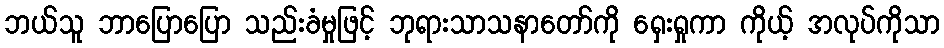
ဘယ်သူ ဘာပြောပြော သည်းခံမှုဖြင့် ဘုရားသာသနာတော်ကို ရှေးရှုကာ ကိုယ့် အလုပ်ကိုသာ